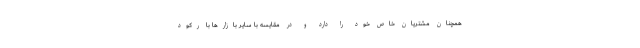
همچنان مشتریان خاص خود را دارد و در مقایسه با سایر بازارها با رکود